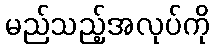
မည်သည့်အလုပ်ကို